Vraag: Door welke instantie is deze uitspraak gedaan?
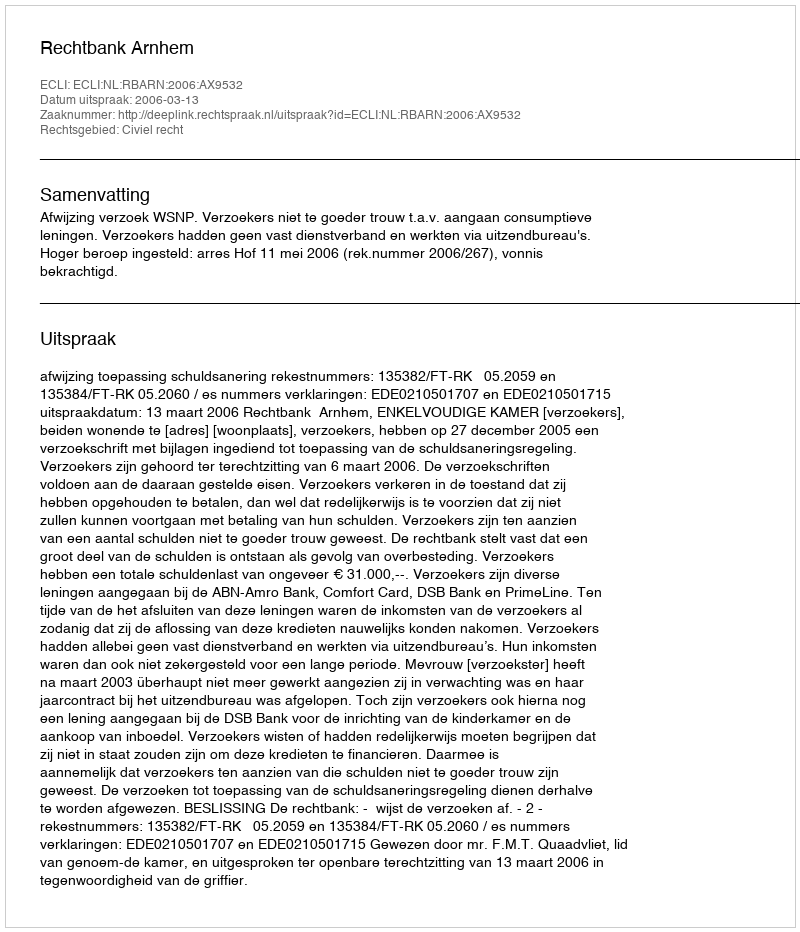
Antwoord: Rechtbank Arnhem